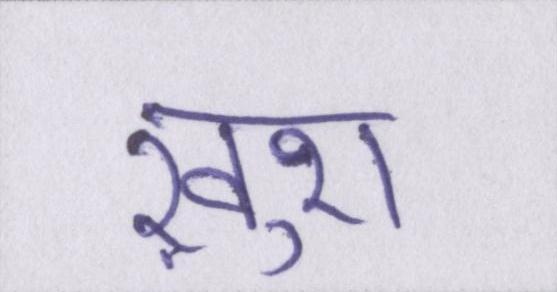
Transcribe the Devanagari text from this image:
ख़ुश